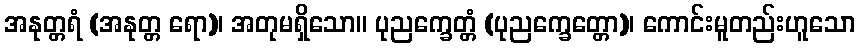
အနုတ္တရံ (အနုတ္တ ရော)၊ အတုမရှိသော။ ပုညက္ခေတ္တံ (ပုညက္ခေတ္တော)၊ ကောင်းမူတည်းဟူသော